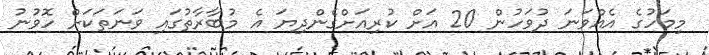
މިމަހުގެ އެއްވަނަ ދުވަހުން 20 އަށް ކުރިއަށްގެންދިޔަ އެ މުބާރާތުގައި ވަނަތަކަށް ހޮވުނު